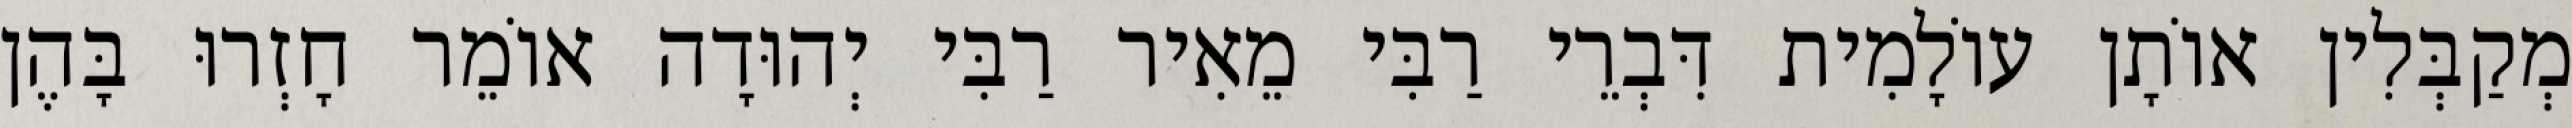
מְקַבְּלִין אוֹתָן עוֹלָמִית דִּבְרֵי רַבִּי מֵאִיר רַבִּי יְהוּדָה אוֹמֵר חָזְרוּ בָּהֶן